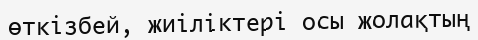
өткізбей, жиіліктері осы жолақтың